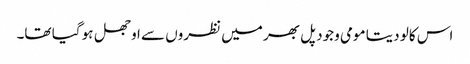
اس کالو دیتا مومی وجود پل بھر میں نظروں سے اوجھل ہو گیا تھا۔